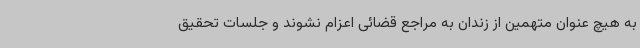
به هیچ عنوان متهمین از زندان به مراجع قضائی اعزام نشوند و جلسات تحقیق